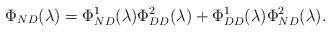
LaTeX: \begin{align*}\Phi_{ND}(\lambda)=\Phi_{ND}^1(\lambda)\Phi_{DD}^2(\lambda)+\Phi_{DD}^1(\lambda)\Phi_{ND}^2(\lambda).\end{align*}